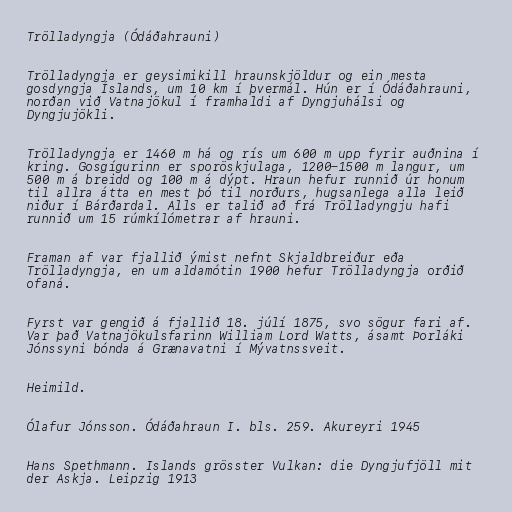
Trölladyngja (Ódáðahrauni)

Trölladyngja er geysimikill hraunskjöldur og ein mesta
gosdyngja Íslands, um 10 km í þvermál. Hún er í Ódáðahrauni,
norðan við Vatnajökul í framhaldi af Dyngjuhálsi og
Dyngjujökli.

Trölladyngja er 1460 m há og rís um 600 m upp fyrir auðnina í
kring. Gosgígurinn er sporöskjulaga, 1200-1500 m langur, um
500 m á breidd og 100 m á dýpt. Hraun hefur runnið úr honum
til allra átta en mest þó til norðurs, hugsanlega alla leið
niður í Bárðardal. Alls er talið að frá Trölladyngju hafi
runnið um 15 rúmkílómetrar af hrauni.

Framan af var fjallið ýmist nefnt Skjaldbreiður eða
Trölladyngja, en um aldamótin 1900 hefur Trölladyngja orðið
ofaná.

Fyrst var gengið á fjallið 18. júlí 1875, svo sögur fari af.
Var það Vatnajökulsfarinn William Lord Watts, ásamt Þorláki
Jónssyni bónda á Grænavatni í Mývatnssveit.

Heimild.

Ólafur Jónsson. Ódáðahraun I. bls. 259. Akureyri 1945

Hans Spethmann. Islands grösster Vulkan: die Dyngjufjöll mit
der Askja. Leipzig 1913